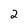
Character: 2